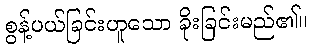
စွန့်ပယ်ခြင်းဟူသော ခိုးခြင်းမည်၏။